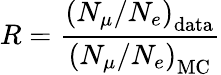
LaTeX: R=\frac{\left({N_{\mu}}/{N_{e}}\right)_{\mathrm{data}}}{\left({N_{\mu}}/{N_{e}}\right)_{\mathrm{MC}}}